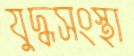
যুদ্ধসংস্থা